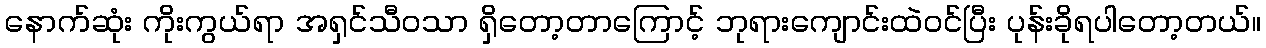
နောက်ဆုံး ကိုးကွယ်ရာ အရှင်သီဝသာ ရှိတော့တာကြောင့် ဘုရားကျောင်းထဲဝင်ပြီး ပုန်းခိုရပါတော့တယ်။